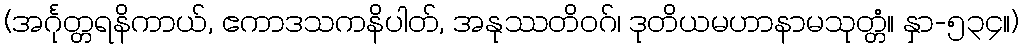
(အင်္ဂုတ္တရနိကာယ်, ဧကာဒသကနိပါတ်, အနုဿတိဝဂ်၊ ဒုတိယမဟာနာမသုတ္တံ။ နှာ-၅၃၄။)